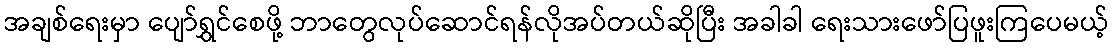
အချစ်ရေးမှာ ပျော်ရွှင်စေဖို့ ဘာတွေလုပ်ဆောင်ရန်လိုအပ်တယ်ဆိုပြီး အခါခါ ရေးသားဖော်ပြဖူးကြပေမယ့်